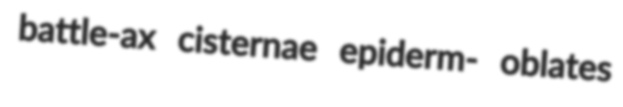
battle-ax cisternae epiderm- oblates